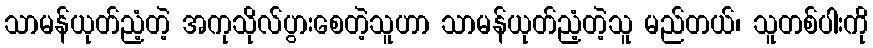
သာမန်ယုတ်ညံ့တဲ့ အကုသိုလ်ပွားစေတဲ့သူဟာ သာမန်ယုတ်ညံ့တဲ့သူ မည်တယ်၊ သူတစ်ပါးကို